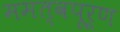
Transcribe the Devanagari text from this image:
ममत्वपूर्ण